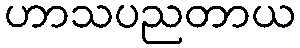
ဟာသပညတာယ